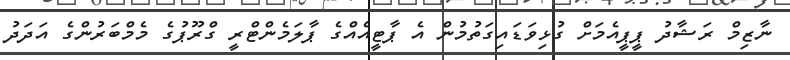
ނާޒިމް ރަޝާދު ޕީޕީއެމަށް ގުޅިވަޑައިގަތުމުން އެ ޕާޓީއެއްގެ ޕާލަމެންޓްރީ ގްރޫޕުގެ މެމްބަރުންގެ އަދަދު